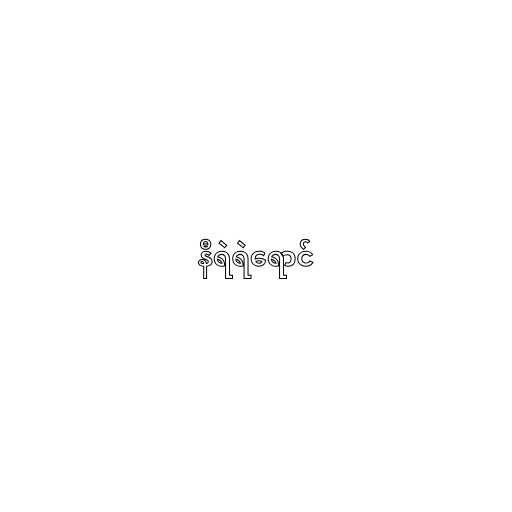
နီရဲရဲရောင်